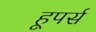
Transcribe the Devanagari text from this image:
हूपर्स